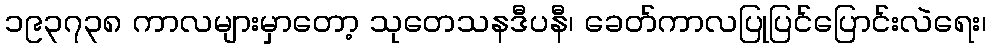
၁၉၃၇၃၈ ကာလများမှာတော့ သုတေသနဒီပနီ၊ ခေတ်ကာလပြုပြင်ပြောင်းလဲရေး၊